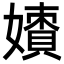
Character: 𡢲